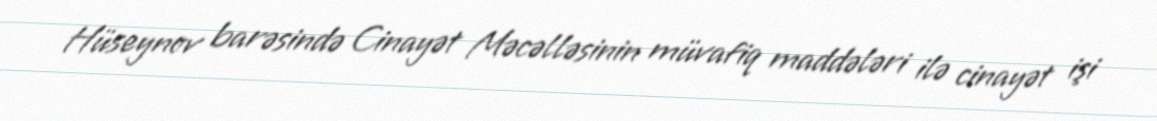
Hüseynov barəsində Cinayət Məcəlləsinin müvafiq maddələri ilə cinayət işi